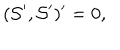
LaTeX: ( { \cal S } ^ { \prime } , { \cal S } ^ { \prime } ) ^ { \prime } = 0 ,